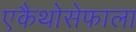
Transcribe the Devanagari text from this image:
एकैथोसेफाला